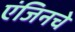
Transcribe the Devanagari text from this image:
एंजिनचे